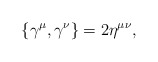
\begin{align*}\{ \gamma^\mu , \gamma^\nu \} = 2 \eta^{\mu \nu}, \end{align*}